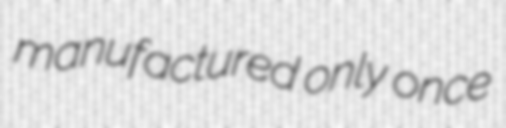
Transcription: manufactured only once